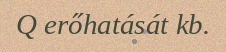
Q erőhatását kb.